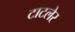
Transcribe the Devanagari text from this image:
टाटलेर